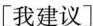
[我建议]